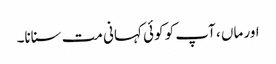
اور ماں ، آپ کو کوئی کہانی مت سنانا۔